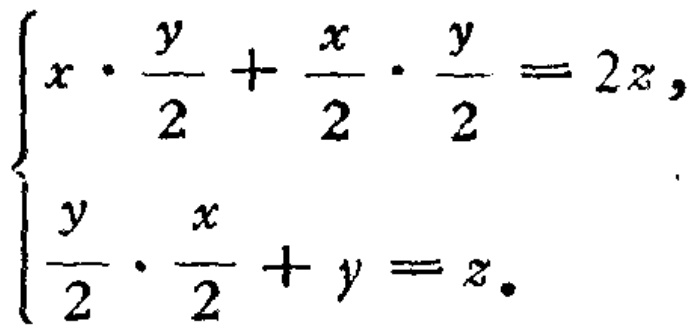
\[\begin{cases}
x\cdot\frac{y}{2}+\frac{x}{2}\cdot\frac{y}{2}=2z,\\
\frac{y}{2}\cdot\frac{x}{2}+y = z.
\end{cases}\]